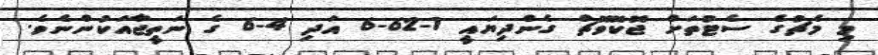
މި މެޗުގެ ސެޓުތަށް ޖޮކޮވޮޗް ގެންދިޔައީ 1-62-6 އަދި 4-6 ގެ ނަތީޖާއަކުންނެވެ.